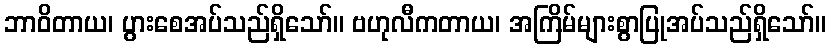
ဘာဝိတာယ၊ ပွားစေအပ်သည်ရှိသော်။ ဗဟုလီကတာယ၊ အကြိမ်များစွာပြုအပ်သည်ရှိသော်။